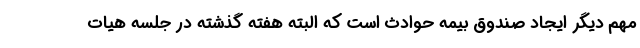
مهم دیگر ایجاد صندوق بیمه حوادث است که البته هفته گذشته در جلسه هیات